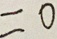
= 0